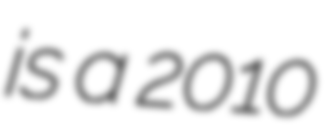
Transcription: is a 2010